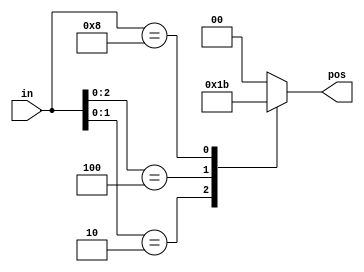
module top_module (
    input [3:0] in,
    output reg [1:0] pos  );
  
  always @(*) begin
    casez(in)
      4'b???1 : pos = 2'd0;
      4'b??10 : pos = 2'd1;
      4'b?100 : pos = 2'd2;
      4'b1000 : pos = 2'd3;
      default : pos = 2'd0;
    endcase
  end
  
endmodule